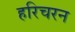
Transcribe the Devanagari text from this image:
हरिचरन